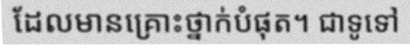
ដែលមានគ្រោះថ្នាក់បំផុត។ ជាទូទៅ